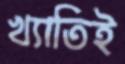
খ্যাতিই